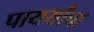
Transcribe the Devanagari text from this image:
पायर्यांचा